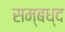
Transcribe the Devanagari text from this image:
सम्बध्द